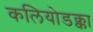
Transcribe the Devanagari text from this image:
कलियोडक्का